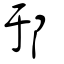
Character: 邘